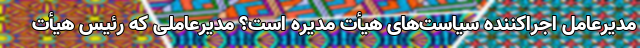
مدیرعامل اجراکننده سیاست‌های هیأت مدیره است؟ مدیرعاملی که رئیس هیأت